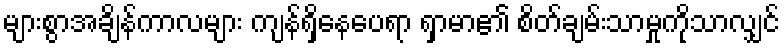
များစွာအချိန်ကာလများ ကျန်ရှိနေပေရာ ရှာမာ၏ စိတ်ချမ်းသာမှုကိုသာလျှင်